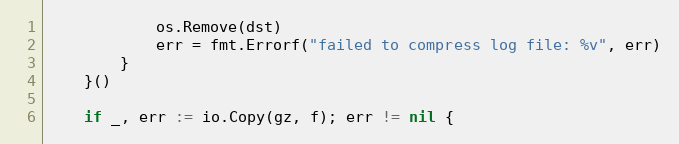
Language: Go
			os.Remove(dst)
			err = fmt.Errorf("failed to compress log file: %v", err)
		}
	}()

	if _, err := io.Copy(gz, f); err != nil {